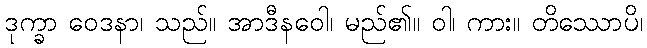
ဒုက္ခာ ဝေဒနာ၊ သည်။ အာဒီနဝေါ၊ မည်၏။ ဝါ၊ ကား။ တိဿောပိ၊